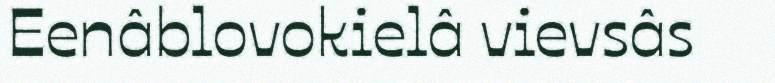
Eenâblovokielâ vievsâs